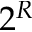
2 ^ { R }